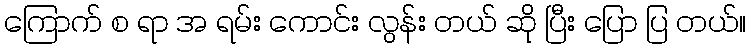
ကြောက် စ ရာ အ ရမ်း ကောင်း လွန်း တယ် ဆို ပြီး ပြော ပြ တယ်။